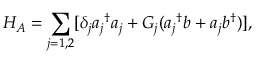
H _ { A } = \sum _ { j = 1 , 2 } [ \delta _ { j } { a _ { j } } ^ { \dagger } a _ { j } + G _ { j } ( { a _ { j } } ^ { \dagger } b + a _ { j } b ^ { \dagger } ) ] ,